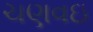
ચણવઇ